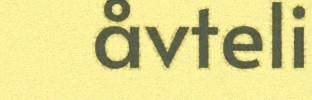
åvteli